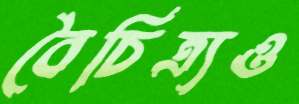
বৈচিত্র্যও